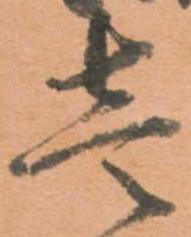
壱